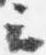
云